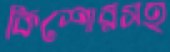
কিশোরসহ